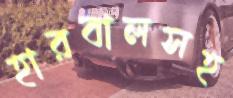
হারবালসহ